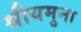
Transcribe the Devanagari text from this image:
श्रीयमुना